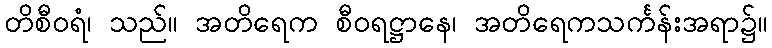
တိစီဝရံ၊ သည်။ အတိရေက စီဝရဋ္ဌာနေ၊ အတိရေကသင်္ကန်းအရာ၌။